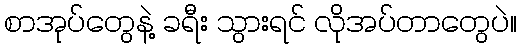
စာအုပ်တွေနဲ့ ခရီး သွားရင် လိုအပ်တာတွေပဲ။